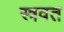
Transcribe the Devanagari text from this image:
स्त्रवत